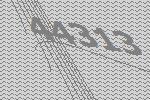
44313